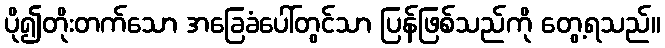
ပို၍တိုးတက်သော အခြေခံပေါ်တွင်သာ ပြန်ဖြစ်သည်ကို တွေ့ရသည်။